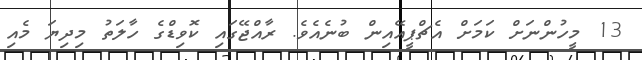
13 މީހުންނަށް ކަމަށް އެޗްޕީއޭއިން ބުނެއެވެ. ރާއްޖޭގައި ކޮވިޑްގެ ހާލަތު މިދިޔަ މެއި